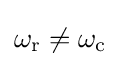
\omega _{\text{r}}\neq \omega _{\text{c}}~